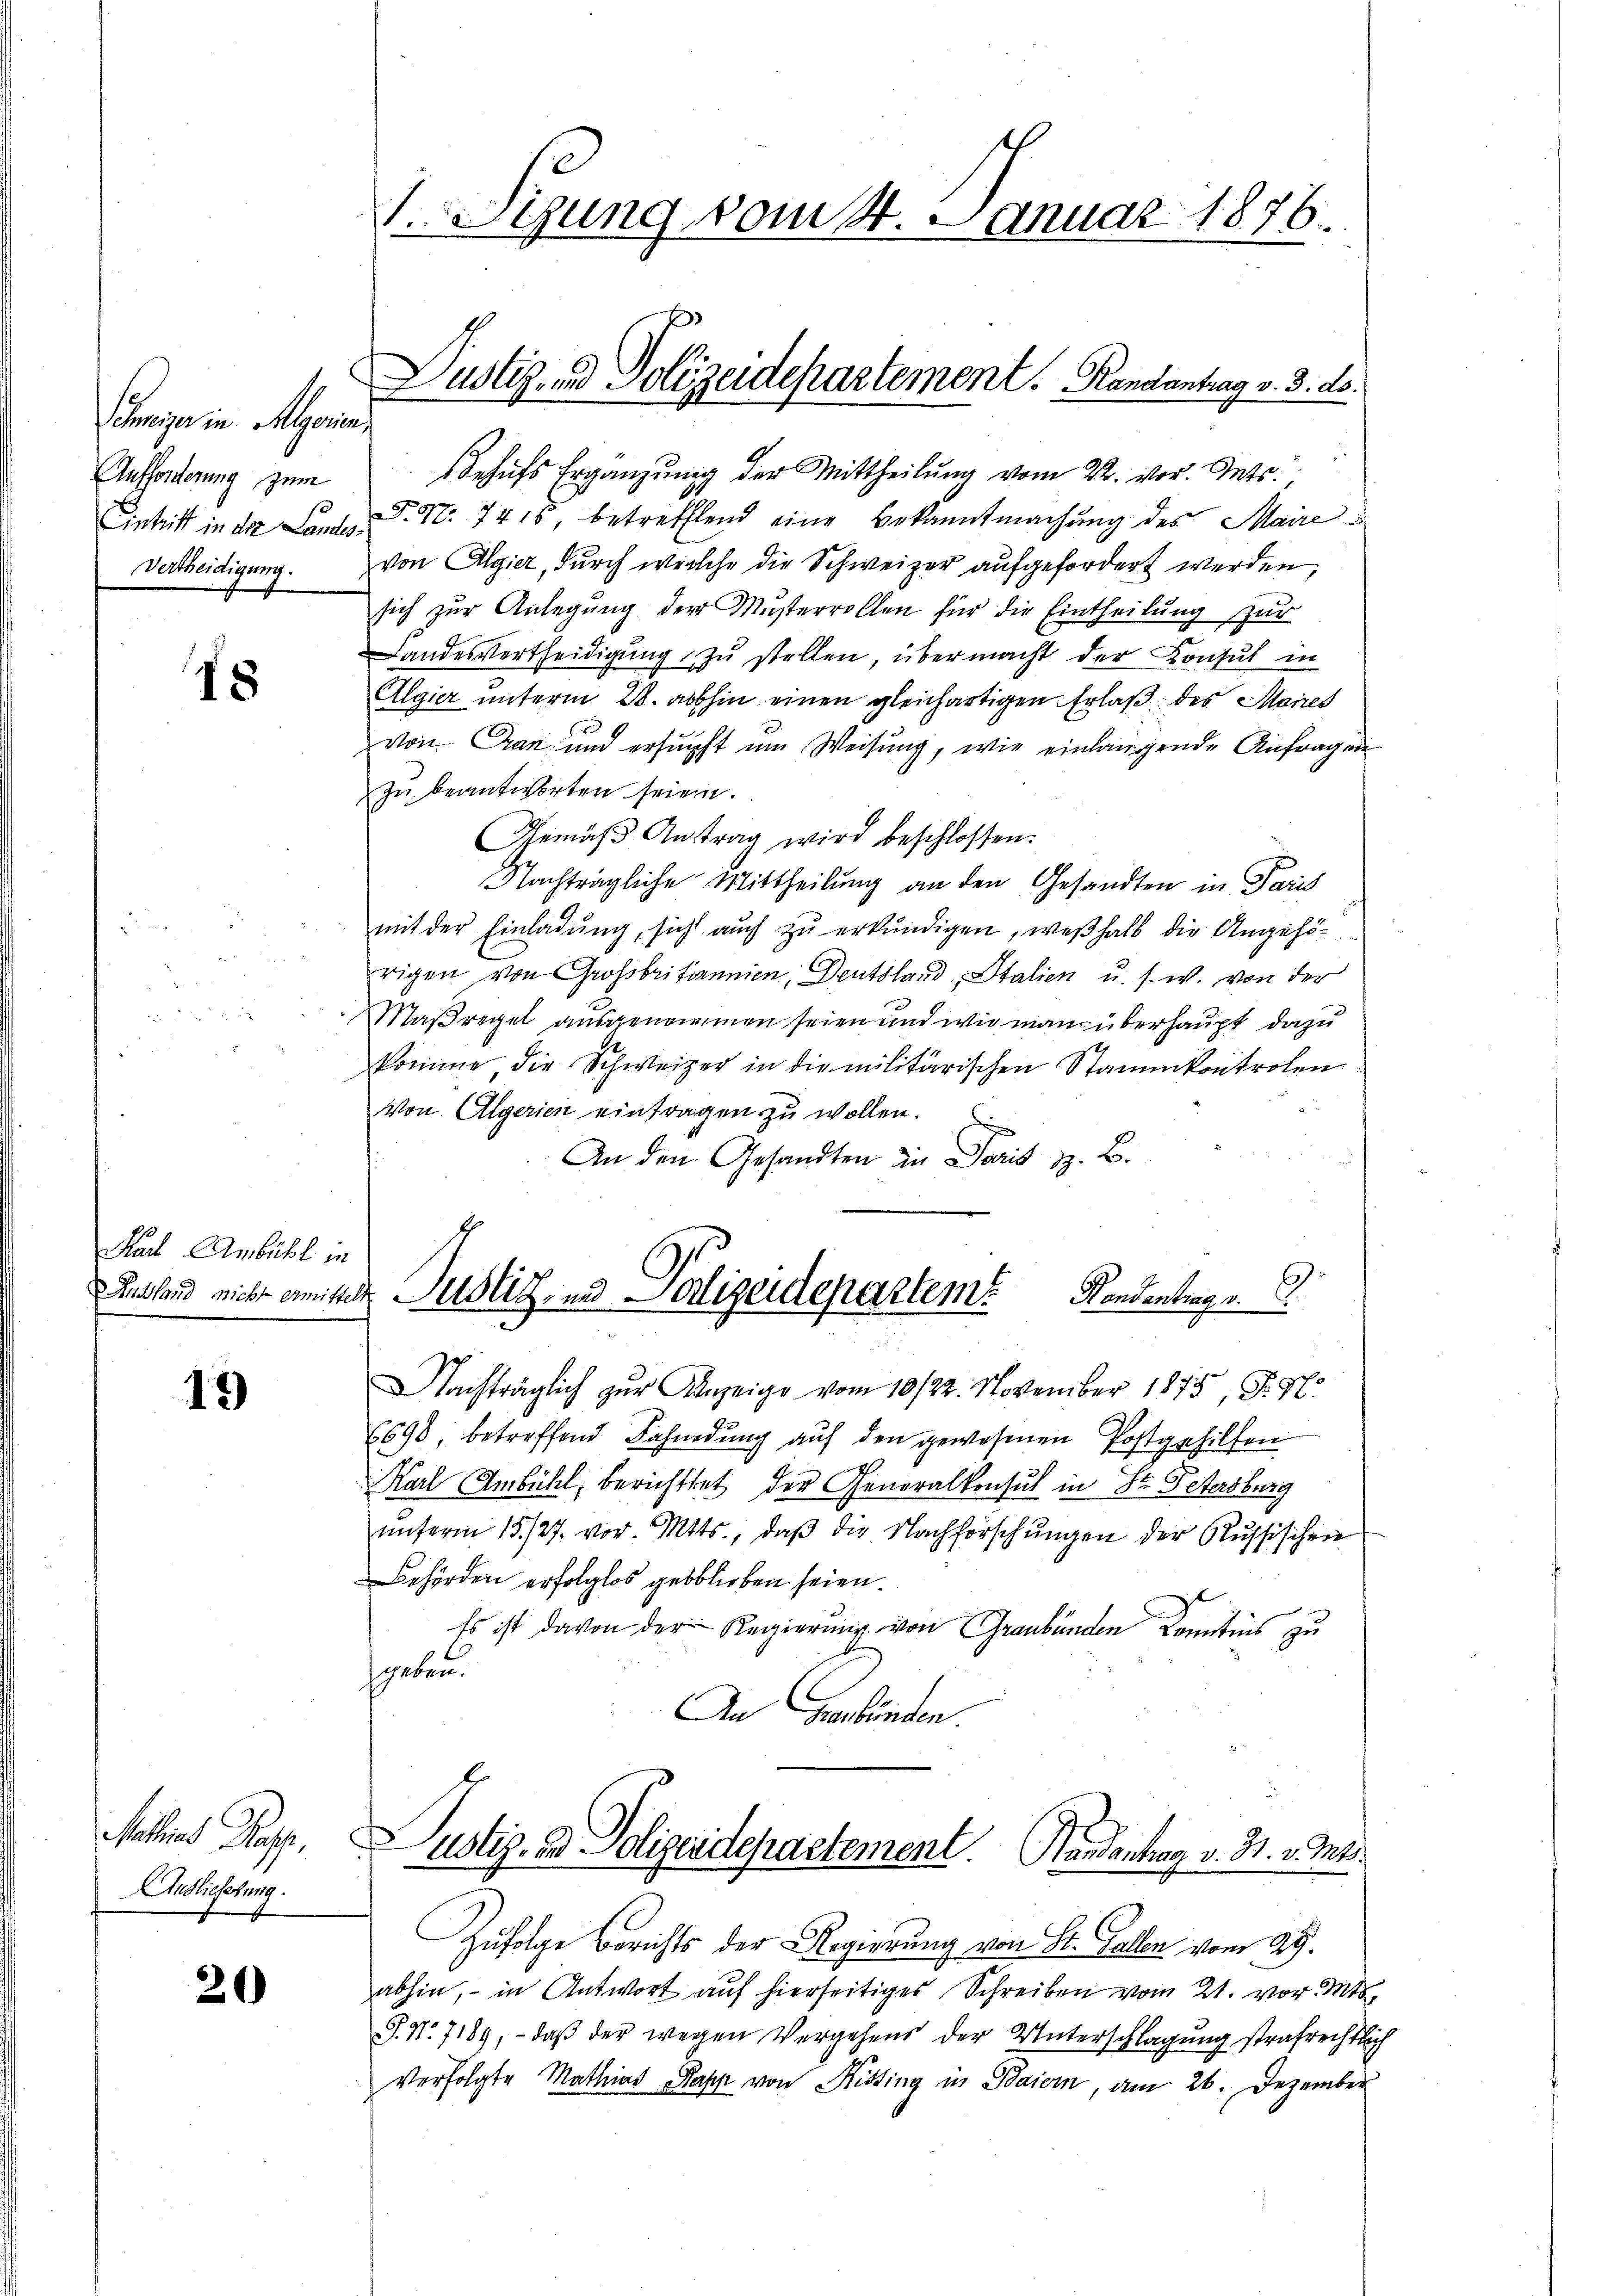
Schmeyer in Algorien
Aufforderung zum
Vertheidigung.

18

Har Ambühl in

12)

Mathias Papp,
Anslieferung.

20)

Sgung vom 14. Januar 1876.

Dustiz- und Polizeidepartement. Randantrag v. 3. ds.

Behufs Ergänzung der Mittheilung vom 22. vor. Mts.,
Eintritt in der Landes, P. Nr. 7416 betreffend eine Bekanntmachung des Mairevon Algier, durch welche die Schweizer aufgefordert werden,
sich zur Anlegung der Musterrollen für die Eintheilung zur
Landesvertheidigung zu stellen, übermacht der Konsul in
Algier unterm 28. abhin einen gleichartigen Erlaß des Maires
von Gran und ersucht um Weisung, wie einlangende Anfragen
zŭ beantworten seien.
Gemäβ Antrag wird beschlossen:
Nachträgliche Mittheilung an den Gesandten in Paris
mit der Einladung, sicht auch zu erkundigen, weßhalb die Angehörigen von Großbritannien, Deutsland, Italien u. s. w. von der
Maßregel ausgenommen seien und wie man überhaupt dazu
komme, die Schweizer in die militärischen Stammkontrolen
von Algerien eintragen zu wollen.
An den Gesandten in Paris z. B.

Ausland nicht einister Justiz- und Sortigendepartem Kandentrag v.

Nachträglich zur Anzeige vom 10/22. November 1875, J. H.
6698, betreffend Fahndŭng aŭf den gewesenen Postgehilfen
Karl Ambühl, berichttet der Generalkonsul in St. Petersburg
ŭnterm 15./27. vor. Mts., daβ die Nachforschŭngen der Russischen
Behörden erfolglos geblieben seien.
Es ist davon der Regierung von Graubünden Kenntnis zu
geben.
An Graubünden.
f
Justiz- & Polizeidepartement. Handentrag v. 31. v. Mts.
Zufolge Berichts der Regierung von St. Gallen vom 29.
abhin, in Antwort auf hierseitiges Schreiben vom 21. vor. Mt
P. Nr. 7189, - daβ der wegen Vergehens der Unterschlagung strafrechtlich
verfolgte Mathias Papp von Histing in Baiern, am 26. Dezember